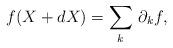
LaTeX: \begin{gather*} f(X+dX) = \sum_k \, \partial_k f, \end{gather*}